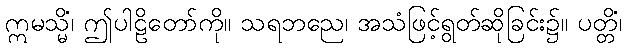
ဣမသ္မိံ၊ ဤပါဠိတော်ကို။ သရဘညေ၊ အသံဖြင့်ရွတ်ဆိုခြင်း၌။ ပတ္တိံ၊